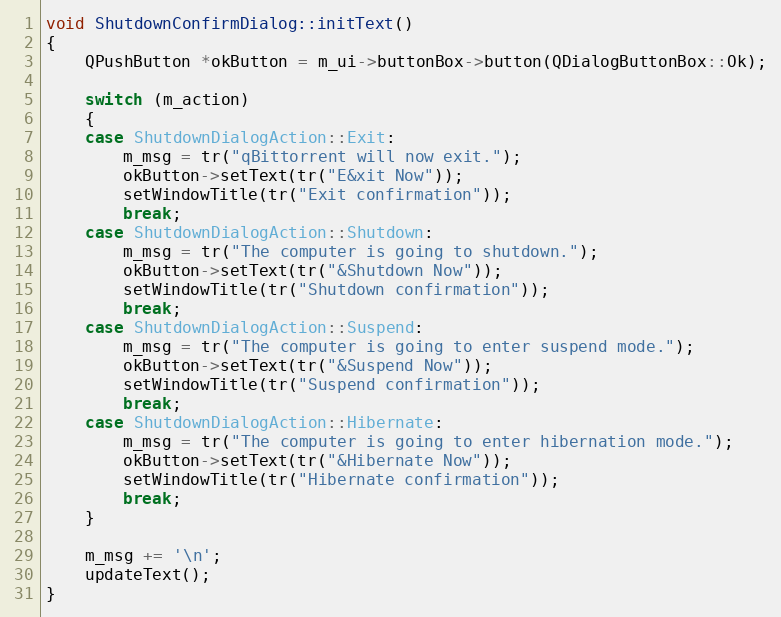
Language: C++
void ShutdownConfirmDialog::initText()
{
    QPushButton *okButton = m_ui->buttonBox->button(QDialogButtonBox::Ok);

    switch (m_action)
    {
    case ShutdownDialogAction::Exit:
        m_msg = tr("qBittorrent will now exit.");
        okButton->setText(tr("E&xit Now"));
        setWindowTitle(tr("Exit confirmation"));
        break;
    case ShutdownDialogAction::Shutdown:
        m_msg = tr("The computer is going to shutdown.");
        okButton->setText(tr("&Shutdown Now"));
        setWindowTitle(tr("Shutdown confirmation"));
        break;
    case ShutdownDialogAction::Suspend:
        m_msg = tr("The computer is going to enter suspend mode.");
        okButton->setText(tr("&Suspend Now"));
        setWindowTitle(tr("Suspend confirmation"));
        break;
    case ShutdownDialogAction::Hibernate:
        m_msg = tr("The computer is going to enter hibernation mode.");
        okButton->setText(tr("&Hibernate Now"));
        setWindowTitle(tr("Hibernate confirmation"));
        break;
    }

    m_msg += '\n';
    updateText();
}